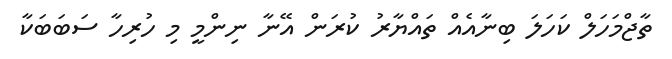
ތާޖްމަހަލް ކަހަލަ ބިނާއެއް ތައްޔާރު ކުރަން އޭނާ ނިންމީ މި ހުރިހާ ސަބަބަކާ